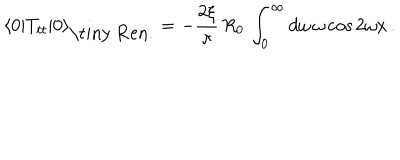
\langle 0 | T _ { t t } | 0 \rangle _ { \mathrm { \tiny ~ R e n . } } = - { \frac { 2 \xi } { \pi } } \, R _ { 0 } \, \int _ { 0 } ^ { \infty } d \omega \, \omega \cos { 2 \omega x } \, .